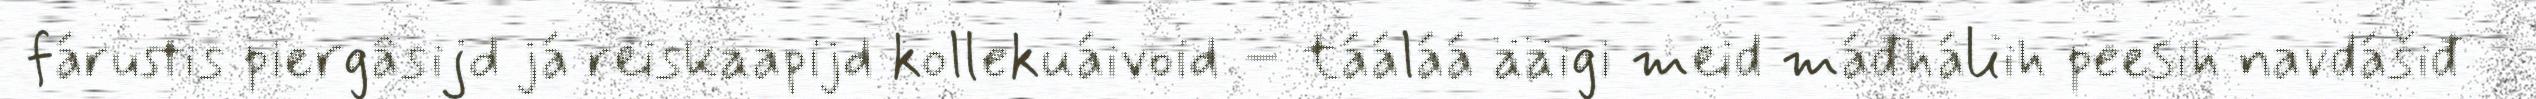
fárustis piergâsijd já reiskaapijd kollekuáivoid – tááláá ääigi meid máđháliih peesih navdášiđ